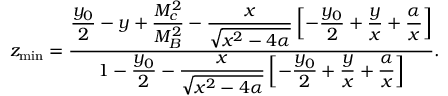
z _ { \mathrm { m i n } } = \frac { \displaystyle \frac { y _ { 0 } } { 2 } - y + \frac { M _ { c } ^ { 2 } } { M _ { B } ^ { 2 } } - \frac { x } { \sqrt { x ^ { 2 } - 4 \alpha } } \left[ - \frac { y _ { 0 } } { 2 } + \frac { y } { x } + \frac { \alpha } { x } \right] } { \displaystyle 1 - \frac { y _ { 0 } } { 2 } - \frac { x } { \sqrt { x ^ { 2 } - 4 \alpha } } \left[ - \frac { y _ { 0 } } { 2 } + \frac { y } { x } + \frac { \alpha } { x } \right] } .